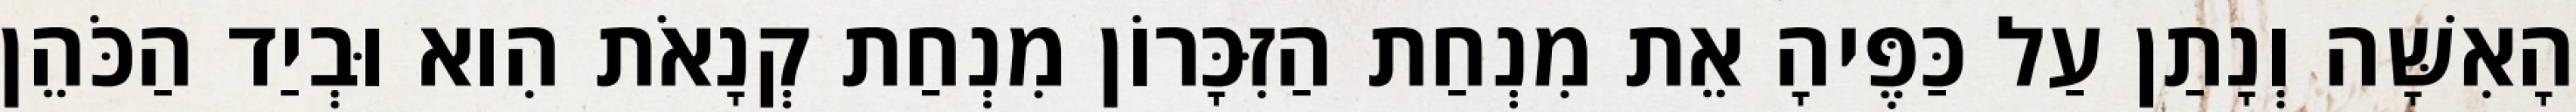
הָאִשָּׁה וְנָתַן עַל כַּפֶּיהָ אֵת מִנְחַת הַזִּכָּרוֹן מִנְחַת קְנָאֹת הִוא וּבְיַד הַכֹּהֵן